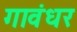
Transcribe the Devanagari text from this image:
गावंधर